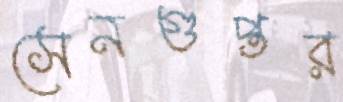
সেনগুপ্তর